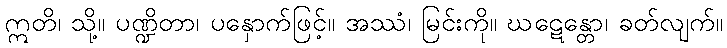
ဣတိ၊ သို့။ ပဏ္ဍိတာ၊ ပနှောက်ဖြင့်။ အဿံ၊ မြင်းကို။ ဃဋေန္တော၊ ခတ်လျက်။